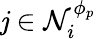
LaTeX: \mathit{j}\in\mathcal{{N}}_{i}^{\phi_{p}}